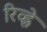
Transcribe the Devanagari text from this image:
रिव्ह्ने